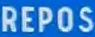
REPOS